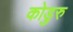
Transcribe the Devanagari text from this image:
कोडुरु